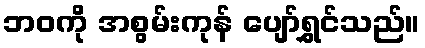
ဘဝကို အစွမ်းကုန် ပျော်ရွှင်သည်။